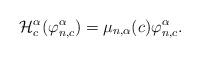
LaTeX: \begin{align*}\mathcal{H}_c^{\alpha}(\varphi^{\alpha}_{n,c})=\mu_{n,\alpha}(c)\varphi^{\alpha}_{n,c}.\end{align*}